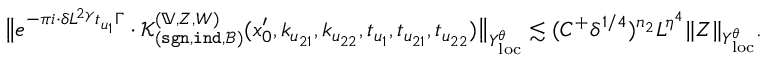
\big \| e ^ { - \pi i \cdot \delta L ^ { 2 \gamma } t _ { \mathfrak u _ { 1 } } \Gamma } \cdot \mathcal K _ { ( \mathtt { s g n } , \mathtt { i n d } , \mathscr B ) } ^ { ( \mathbb V , Z , W ) } ( x _ { 0 } ^ { \prime } , k _ { \mathfrak u _ { 2 1 } } , k _ { \mathfrak u _ { 2 2 } } , t _ { \mathfrak u _ { 1 } } , t _ { \mathfrak u _ { 2 1 } } , t _ { \mathfrak u _ { 2 2 } } ) \big \| _ { Y _ { \mathrm { l o c } } ^ { \theta } } \lesssim ( C ^ { + } \delta ^ { 1 / 4 } ) ^ { n _ { 2 } } L ^ { \eta ^ { 4 } } \| Z \| _ { Y _ { \mathrm { l o c } } ^ { \theta } } .